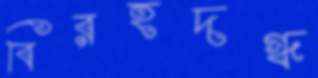
বিরহদগ্ধ